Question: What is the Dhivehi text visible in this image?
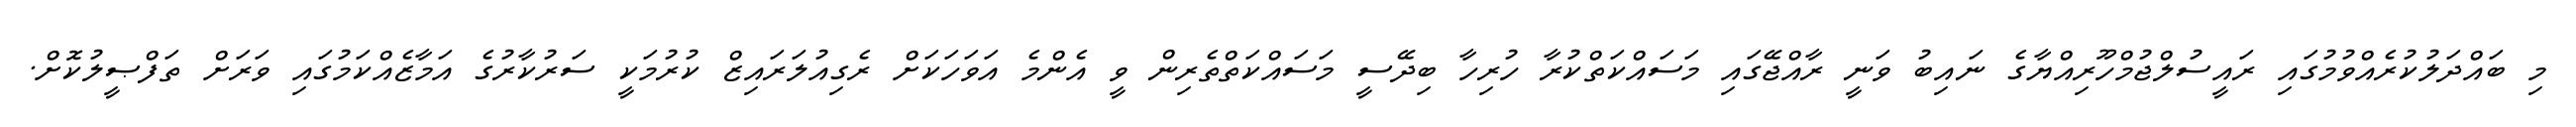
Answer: މި ބައްދަލުކުރެއްވުމުގައި ރައީސުލްޖުމްހޫރިއްޔާގެ ނައިބު ވަނީ ރާއްޖޭގައި މަސައްކަތްކުރާ ހުރިހާ ބިދޭސީ މަސައްކަތްތެރިން ވީ އެންމެ އަވަހަކަށް ރެގިއުލަރައިޒް ކުރުމަކީ ސަރުކާރުގެ އަމާޒެއްކަމުގައި ވަރަށް ތަފްޞީލުކޮށް.